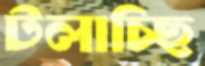
টলাচ্ছি